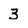
Character: 3